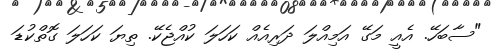
"ސާބަހޭ. އެއީ މަގޭ އަމިއްލަ ދަރިއެއް ކަހަލަ ކުއްޖެކޭ. ތިޔަ ކަހަލަ ގޮތްކުޑަ